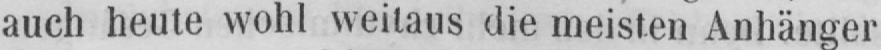
auch heute wohl weitaus die meisten Anhänger